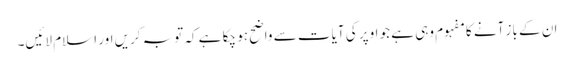
ان کے باز آنے کا مفہوم وہی ہے جو اوپر کی آیات سے واضح ہو چکا ہے کہ توبہ کریں اور اسلام لائیں۔